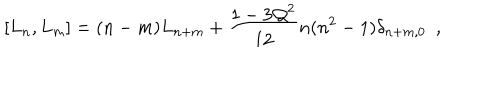
[ L _ { n } , L _ { m } ] = ( n - m ) L _ { n + m } + \frac { 1 - 3 { \cal Q } ^ { 2 } } { 1 2 } n ( n ^ { 2 } - 1 ) \delta _ { n + m , 0 } ~ ~ ,